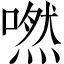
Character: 嘫